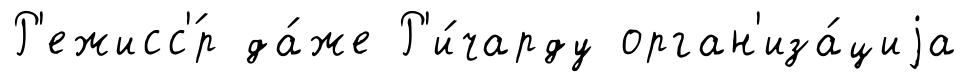
Р'ежисс'́р да́же Р'и́чарду орган'иза́циjа